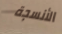
الأنسجة